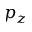
p _ { z }